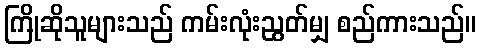
ကြိုဆိုသူများသည် ကမ်းလုံးညွတ်မျှ စည်ကားသည်။